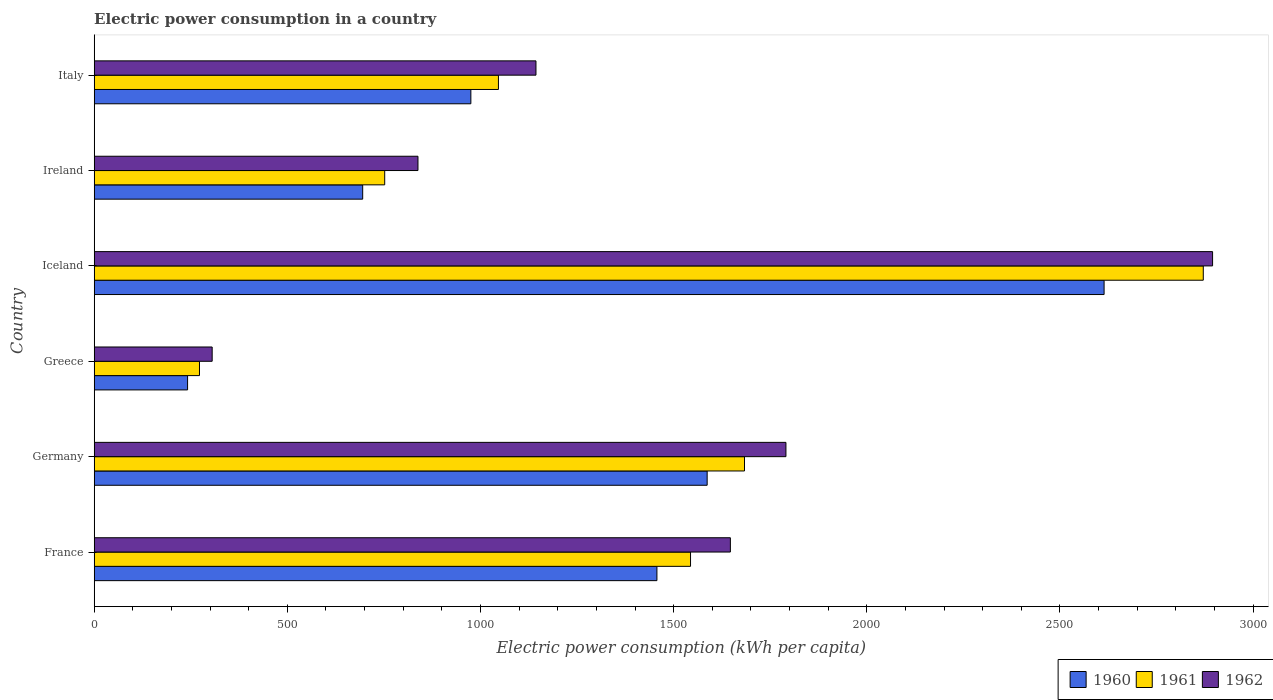
| Country | 1960 | 1961 | 1962 |
 | --- | --- | --- | --- |
 | France | 1.46e+03 | 1.54e+03 | 1.65e+03 |
 | Germany | 1.59e+03 | 1.68e+03 | 1.79e+03 |
 | Greece | 242 | 273 | 305 |
 | Iceland | 2.61e+03 | 2.87e+03 | 2.9e+03 |
 | Ireland | 695 | 752 | 838 |
 | Italy | 975 | 1.05e+03 | 1.14e+03 |